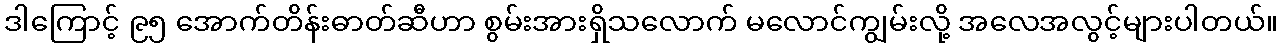
ဒါကြောင့် ၉၅ အောက်တိန်းဓာတ်ဆီဟာ စွမ်းအားရှိသလောက် မလောင်ကျွမ်းလို့ အလေအလွင့်များပါတယ်။